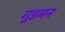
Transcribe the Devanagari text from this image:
गूडमन